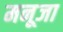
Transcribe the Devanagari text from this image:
मनूजा